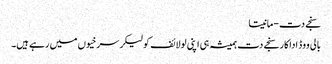
سنجے دت-مانیتا
بالی ووڈ اداکار سنجے دت ہمیشہ ہی اپنی لولائف کولیکر سرخیوں میں رہے ہیں۔